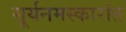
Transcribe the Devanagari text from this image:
सूर्यनमस्कारांत